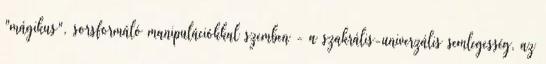
"mágikus", sorsformáló manipulációkkal szemben - a szakrális-univerzális semlegesség, az